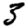
Digit: 5